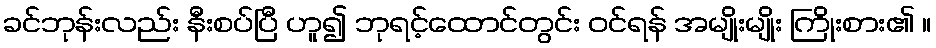
ခင်ဘုန်းလည်း နီးစပ်ပြီ ဟူ၍ ဘုရင့်ထောင်တွင်း ဝင်ရန် အမျိုးမျိုး ကြိုးစား၏ ။